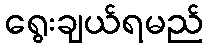
ရွေးချယ်ရမည်